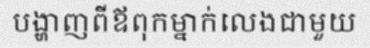
បង្ហាញពីឪពុកម្នាក់លេងជាមួយ